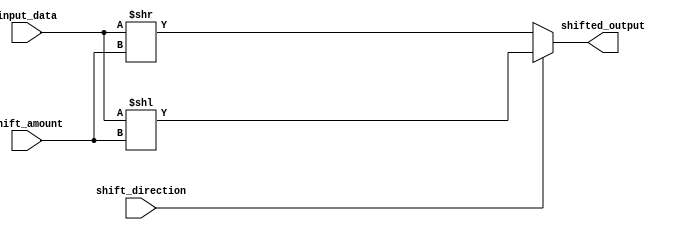
module sparse_barrel_shifter (
    input wire [7:0] input_data,
    input wire [4:0] shift_amount,
    input wire shift_direction, // 0 for right shift, 1 for left shift
    output reg [7:0] shifted_output
);

always @* begin
    if (shift_direction == 1) begin // Left shift
        shifted_output = input_data << shift_amount;
    end else begin // Right shift
        shifted_output = input_data >> shift_amount;
    end
end

endmodule